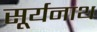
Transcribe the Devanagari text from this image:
सूर्यनाथ